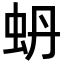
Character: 蚒